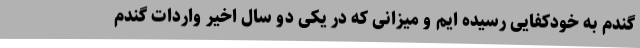
گندم به خودکفایی رسیده ایم و میزانی که در یکی دو سال اخیر واردات گندم